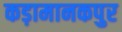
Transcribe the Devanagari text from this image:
कड़ामानकपुर